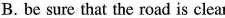
B. be sure that the road is clear